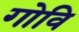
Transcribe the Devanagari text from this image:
गोवि